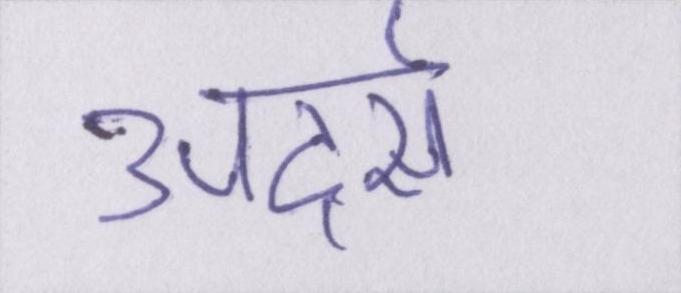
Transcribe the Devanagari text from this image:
अदर्स